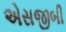
એસજીબી